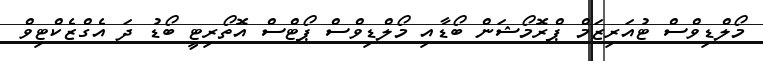
މޯލްޑިވްސް ޓުއަރިޒަމް ޕްރޮމޯޝަން ބޯޑާއި މޯލްޑިވްސް ޕޯޓްސް އޮތޯރިޓީ ބޯޑު ދަ އެގްޒެކްޓިވް